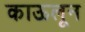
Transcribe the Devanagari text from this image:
काऊलून